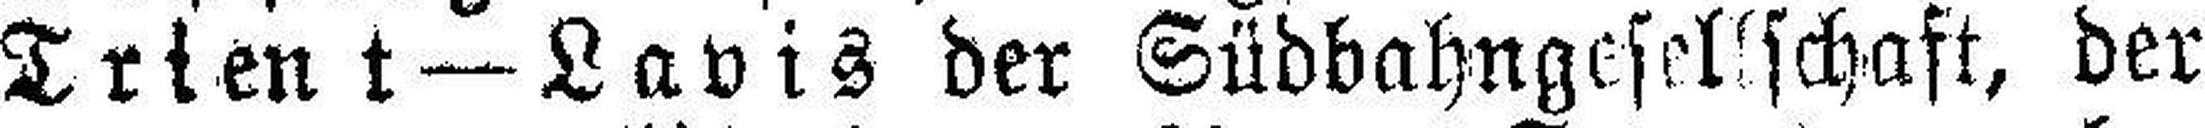
Trient—Lavis der Südbahngesellschaft, der